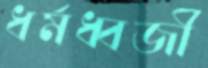
ধর্মধ্বজী